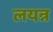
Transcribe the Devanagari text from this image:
लयन्न